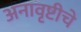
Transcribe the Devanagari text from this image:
अनावृष्टीचे